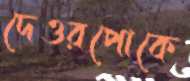
দেওরপোকে